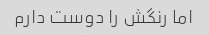
اما رنگش را دوست دارم